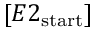
[ E 2 _ { \mathrm { s t a r t } } ]